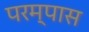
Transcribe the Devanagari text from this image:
परम्पास